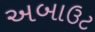
અબાઉટ